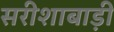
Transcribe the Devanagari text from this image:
सरीशाबाड़ी